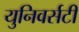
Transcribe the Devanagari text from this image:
युनिवर्सटी